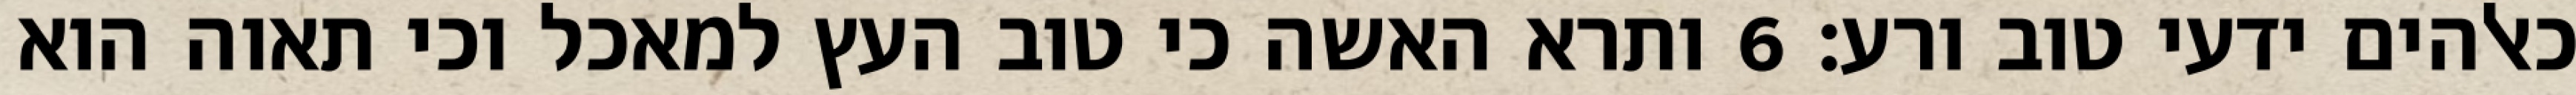
כאלהים ידעי טוב ורע׃ ‎6‏ ותרא האשה כי טוב העץ למאכל וכי תאוה הוא